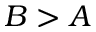
B > A